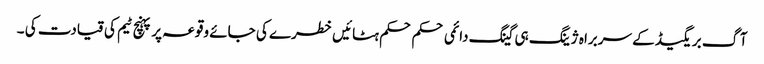
آگ بریگیڈ کے سربراہ ژینگ ہی گینگ دائمی حکم حکم ہٹائیں خطرے کی جائے وقوعہ پر پہنچ ٹیم کی قیادت کی ۔